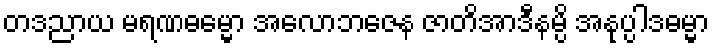
တဒညာယ မရဏဓမ္မော အလောဘဇေန ဇာတိအာဒီနမ္ပိ အနုပ္ပါဒဓမ္မာ